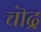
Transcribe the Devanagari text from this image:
चॊद्र